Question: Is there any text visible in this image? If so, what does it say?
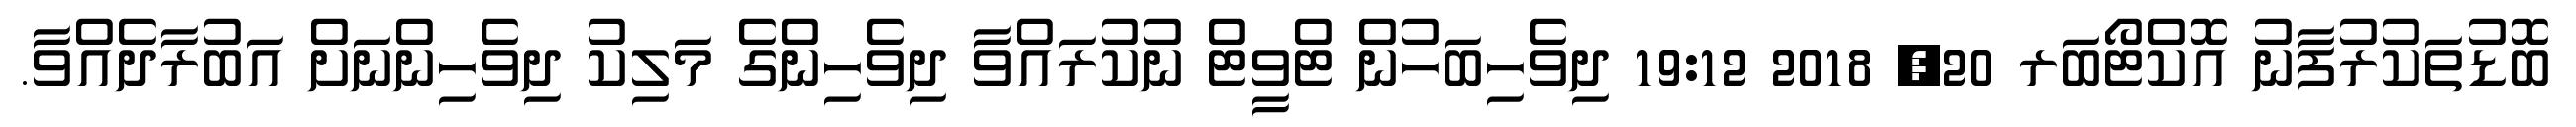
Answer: ބޮޑުތަކުރުފާނު އޮކްޓޯބަރ 20, 2018 19:12 ދިވެހިބަހުން ޓްވީޓް ނުކުރައްވާ ދިވެހިންގެ މަލިކު ދިވެހިންނަށް އަބުރާދެއްވާ.